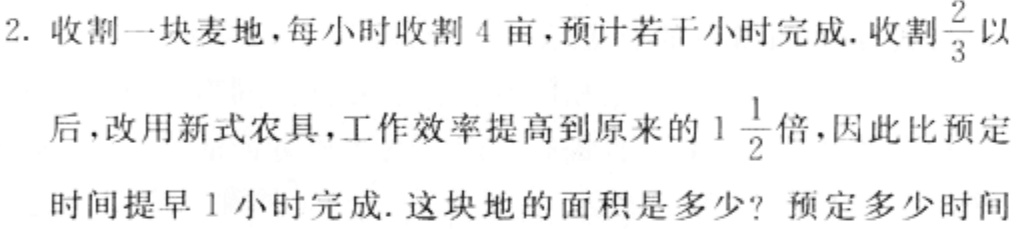
2. 收割一块麦地，每小时收割4亩，预计若干小时完成. 收割$\frac{2}{3}$以后，改用新式农具，工作效率提高到原来的$1\frac{1}{2}$倍，因此比预定时间提早1小时完成. 这块地的面积是多少？预定多少时间